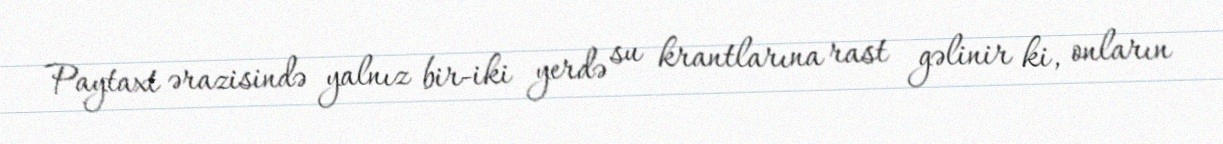
Paytaxt ərazisində yalnız bir-iki yerdə su krantlarına rast gəlinir ki, onların